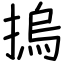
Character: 摀